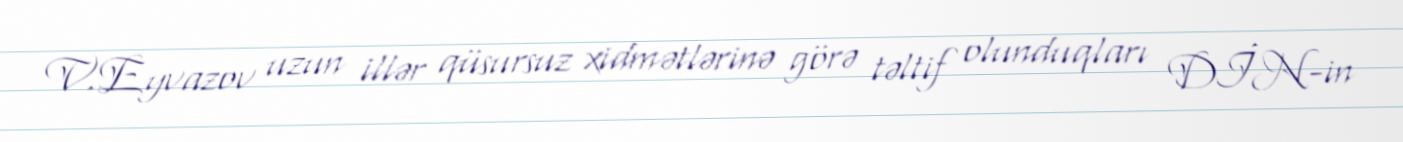
V.Eyvazov uzun illər qüsursuz xidmətlərinə görə təltif olunduqları DİN-in